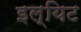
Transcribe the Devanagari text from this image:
इल्यिट